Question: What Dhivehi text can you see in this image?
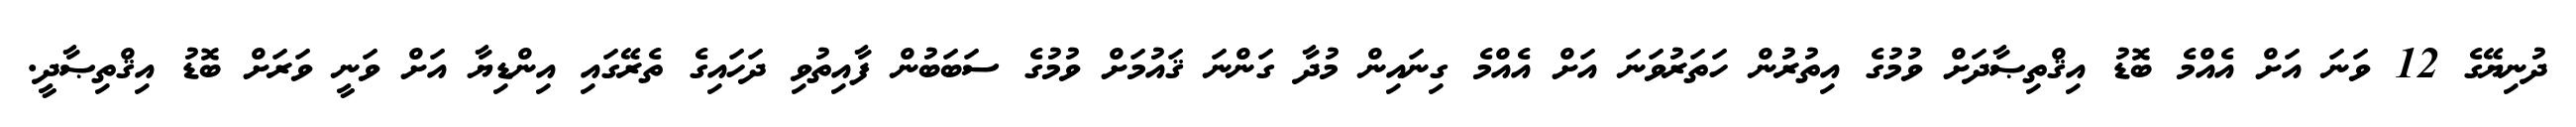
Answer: ދުނިޔޭގެ 12 ވަނަ އަށް އެއްމެ ބޮޑު އިޤްތިޞާދަށް ވުމުގެ އިތުރުން ހަތަރުވަނަ އަށް އެއްމެ ގިނައިން މުދާ ގަންނަ ޤައުމަށް ވުމުގެ ސަބަބުން ފާއިތުވި ދަހައިގެ ތެރޭގައި އިންޑިޔާ އަށް ވަނީ ވަރަށް ބޮޑު އިޤްތިޞާދީ.